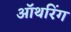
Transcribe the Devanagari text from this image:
ऑथरिंग